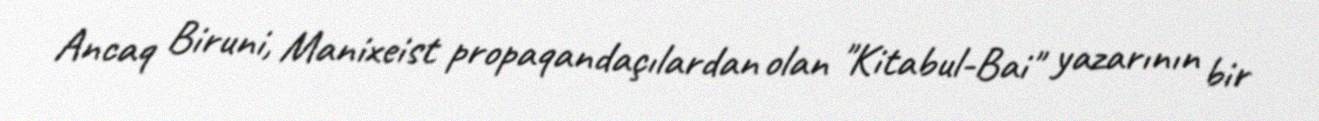
Ancaq Biruni, Manixeist propaqandaçılardan olan "Kitabul-Bai" yazarının bir